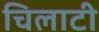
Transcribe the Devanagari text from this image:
चिलाटी